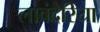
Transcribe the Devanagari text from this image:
लावंदेरिया